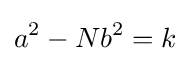
a^{2}-Nb^{2}=k